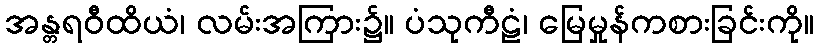
အန္တရဝီထိယံ၊ လမ်းအကြား၌။ ပံသုကီဠံ၊ မြေမှုန်ကစားခြင်းကို။